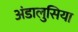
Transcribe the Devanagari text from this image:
अंडालुसिया